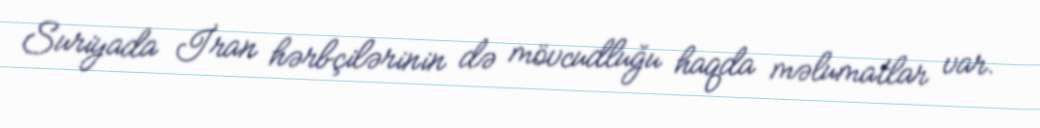
Suriyada İran hərbçilərinin də mövcudluğu haqda məlumatlar var.